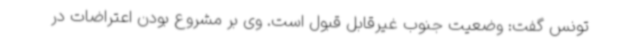
تونس گفت: وضعیت جنوب غیرقابل قبول است. وی بر مشروع بودن اعتراضات در